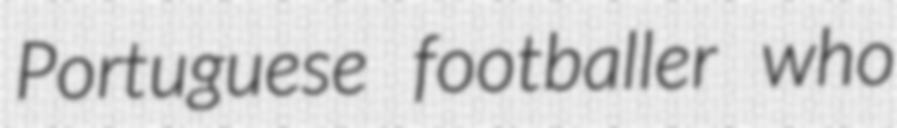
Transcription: Portuguese footballer who